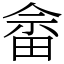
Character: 畲